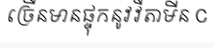
ច្រើនមានផ្ទុកនូវវីតាមីន C